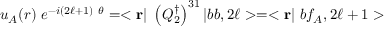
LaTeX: u _ { A } ( { r } ) \ e ^ { - i ( 2 \ell + 1 ) \ \theta } = < { \bf r } | \ \left( Q _ { 2 } ^ { \dagger } \right) ^ { 3 1 } | b b , 2 \ell > = < { \bf r } | \ b f _ { A } , 2 \ell + 1 >